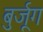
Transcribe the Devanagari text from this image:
बुर्जूग